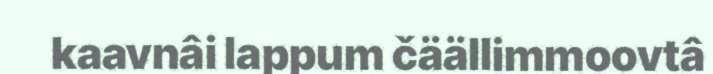
kaavnâi lappum čäällimmoovtâ